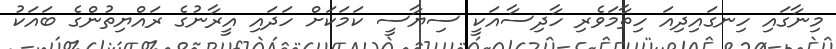
މިނާގައި ހިނގައިދިއަ ހިތާމަވެރި ހާދިސާއަކީ ސިޔާސީ ކަމަކަށް ހަދައި އީރާނުގެ ރައްޔިތުންގެ ބައަކު